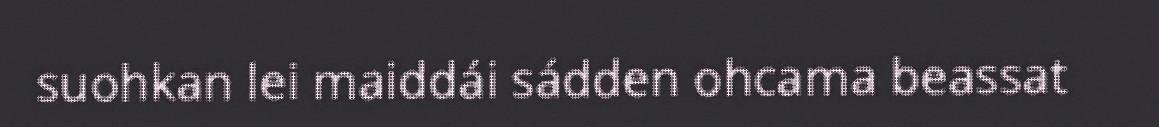
suohkan lei maiddái sádden ohcama beassat